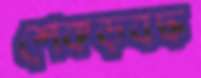
শেকড়বদ্ধ